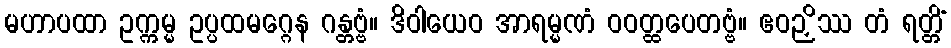
မဟာပထာ ဥက္ကမ္မ ဥပ္ပထမဂ္ဂေန ဂန္တဗ္ဗံ။ ဒိဝါယေဝ အာရမ္မဏံ ဝဝတ္ထပေတဗ္ဗံ။ ဧဝဉှိဿ တံ ရတ္တိံ